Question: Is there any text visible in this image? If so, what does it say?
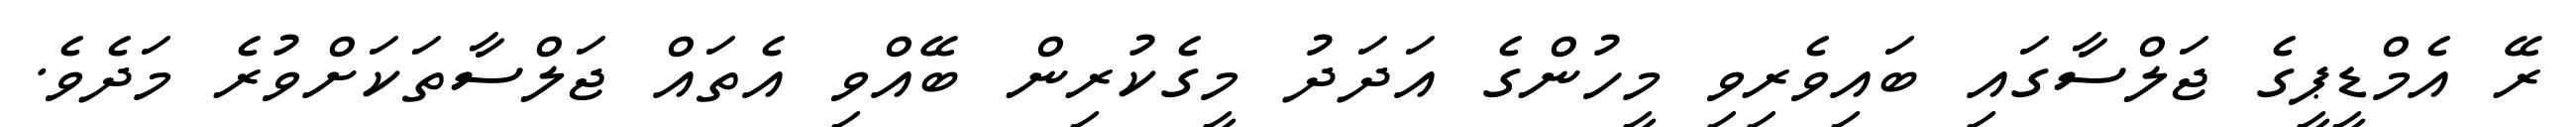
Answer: ރޭ އެމްޑީޕީގެ ޖަލްސާގައި ބައިވެރިވި މީހުންގެ އަދަދު މީގެކުރިން ބޭއްވި އެތައް ޖަލްސާތަކަށްވުރެ މަދެވެ.